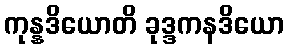
ကုန္နဒိယောတိ ခုဒ္ဒကနဒိယော